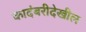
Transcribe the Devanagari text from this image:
कादंबरीदेखील